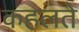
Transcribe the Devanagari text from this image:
कहलते